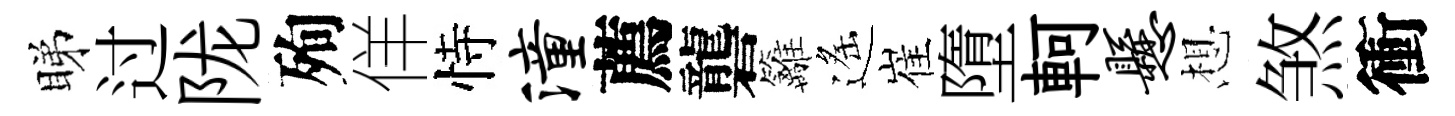
睇过陇殉佯恃潼薦礱籬遙崔墮軻悬想煞衝